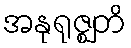
အနုရုဇ္ဈတိ